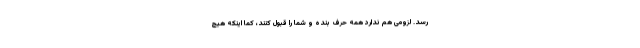
رسد. لزومی هم ندارد همه حرف بنده و شما را قبول کنند، کما اینکه هیچ